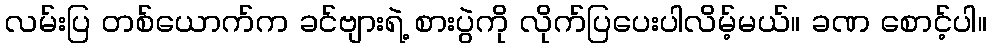
လမ်းပြ တစ်ယောက်က ခင်ဗျားရဲ့ စားပွဲကို လိုက်ပြပေးပါလိမ့်မယ်။ ခဏ စောင့်ပါ။